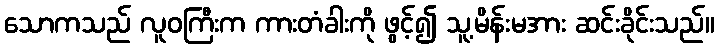
သောကသည် လူဝကြီးက ကားတံခါးကို ဖွင့်၍ သူ့မိန်းမအား ဆင်းခိုင်းသည်။